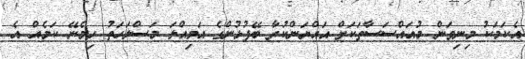
އެކަމަކު މިނިވަން މުއައްސަސާތަކަށް އައްޔަންކުރާ ބޭފުޅުންގެ އަމިއްލަ މަސްލަހަތު ހިމެނޭ ކަމެއް އެ